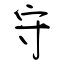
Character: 守